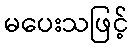
မပေးသဖြင့်